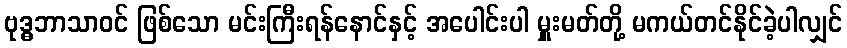
ဗုဒ္ဓဘာသာဝင် ဖြစ်သော မင်းကြီးရန်နောင်နှင့် အပေါင်းပါ မှူးမတ်တို့ မကယ်တင်နိုင်ခဲ့ပါလျှင်